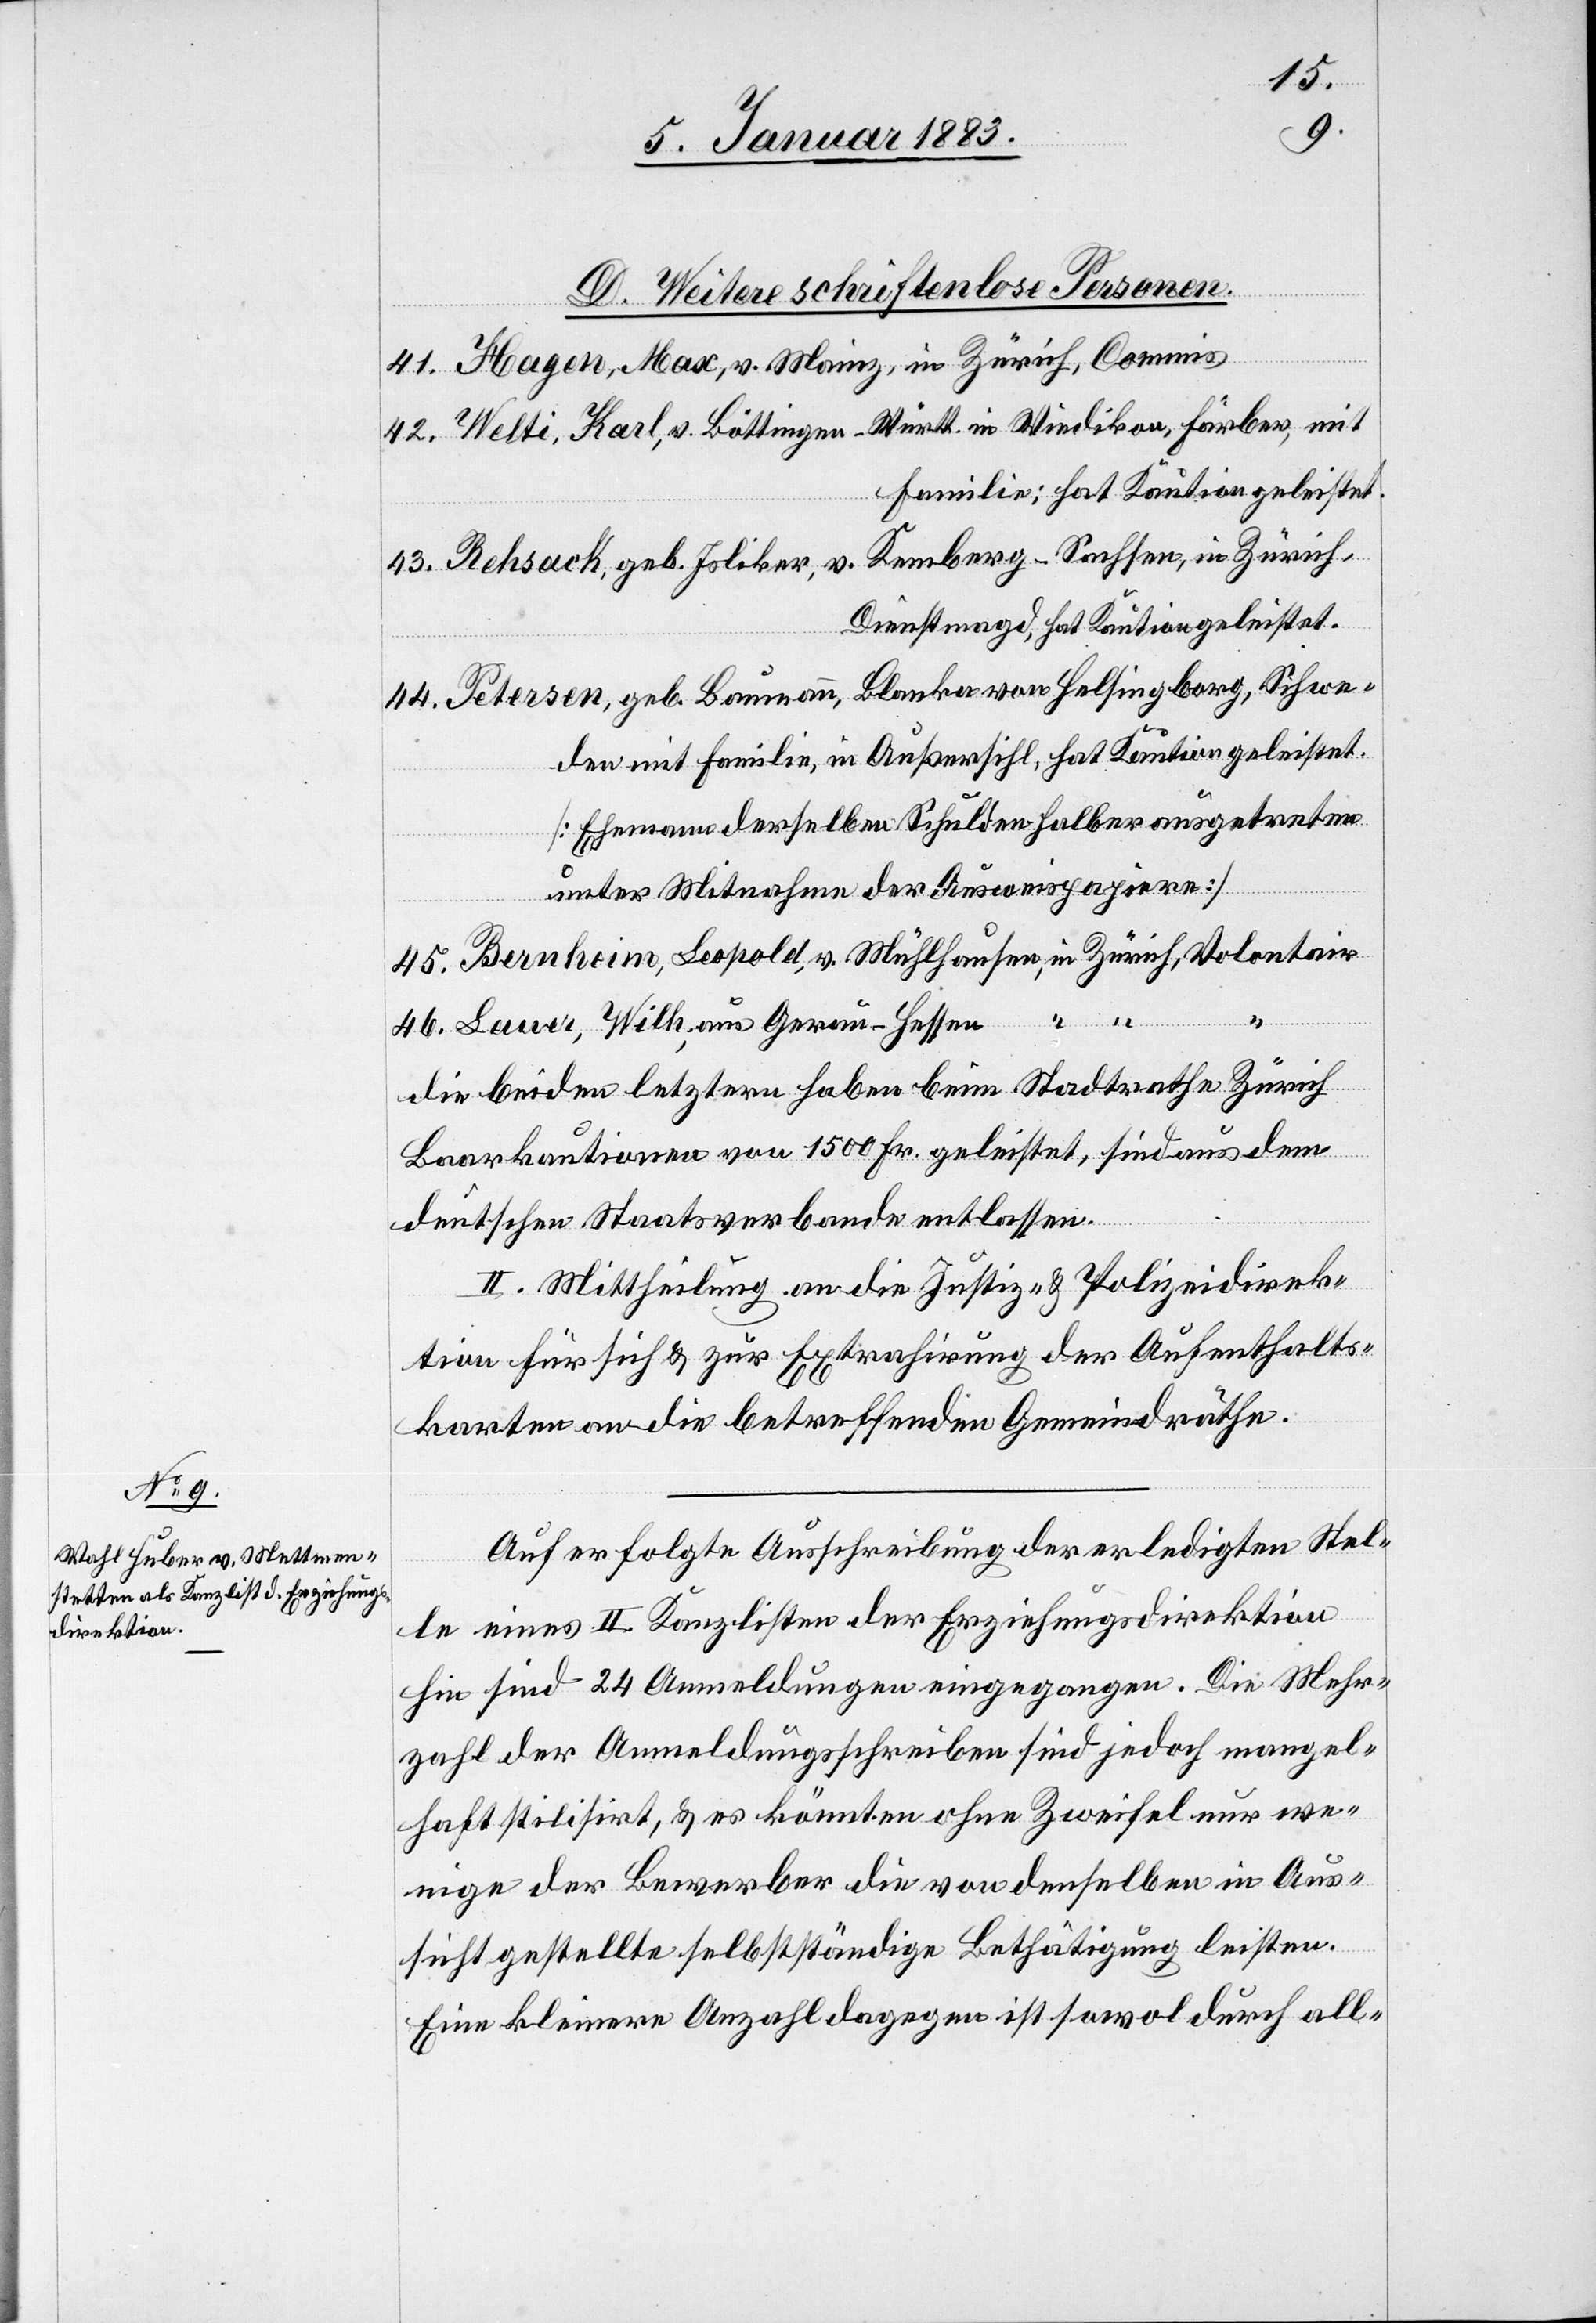
D. Weitere schriftenlose Personen.
41. Hagen, Max, v. Mainz, in Zürich, Commis
42. Welti, Karl, v. Böttingen - Württ. in Wiedikon, Färber, mit
Familie, hat Kaution geleistet.
43. Rehsack, geb. Isliker, v. Kemberg - Sachsen, in Zürich,
Dienstmagd, hat Kaution geleistet.
44. Petersen, geb. Baumann, Blanka von Helsinborg, Schwe¬
den mit Familie, in Außersihl, hat Kaution geleistet.
[Ehemann derselben Schulden halber ausgetreten
unter Mitnahme der Ausweispapiere]
45. Bernheim, Leopold, v. Mühlhausen, in Zürich, Volontair
46. Lauer, Wilh., aus Gerau - Hessen, “ “
die beiden letztern haben beim Stadtrathe Zürich
Baarkautionen von 1500 Fr. geleistet, sind aus dem
deutschen Staatsverbande entlassen.
II. Mittheilung an die Justiz- & Polizeidirek¬
tion für sich & zur Extrahirung der Aufenthalts¬
karten an die betreffenden Gemeindräthe.
Auf erfolgte Ausschreibung der erledigten Stel¬
le eines II. Kanzlisten der Erziehungsdirektion
sind 24 Anmeldungen eingegangen. Die Mehr¬
zahl der Anmeldungsschreiben sind jedoch mangel¬
haft stilisirt, & es könnten ohne Zweifel nur we¬
nige der Bewerber die von denselben in Aus¬
sicht gestellte selbstständige Bethätigung leisten.
Eine kleinere Anzahl dagegen ist sowol durch all-